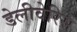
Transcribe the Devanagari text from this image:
डेलीवेरिस